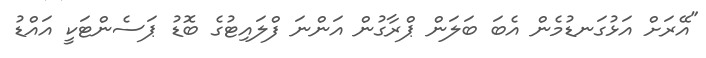
"އޭރަށް އަޅުގަނޑުމެން އެބަ ބަލަން ޕްރާގުން އަންނަ ފްލައިޓުގެ ބޮޑު ޕަސެންޓަކީ އައްޑު